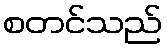
စတင်သည်